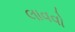
લાવવો